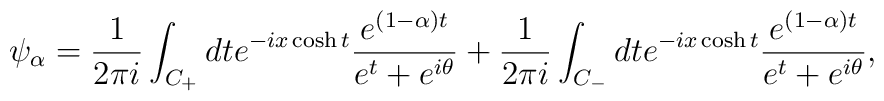
\psi_{\alpha}=	{1\over 2\pi i}\int_{C_{+}}dt	e^{-ix\cosh t}{e^{(1-\alpha) t}	\over{e^{t}+e^{i\theta}}}	+{1\over 2\pi i}\int_{C_{-}}dt	e^{-ix\cosh t}{e^{(1-\alpha) t}	\over{e^{t}+e^{i\theta}}},